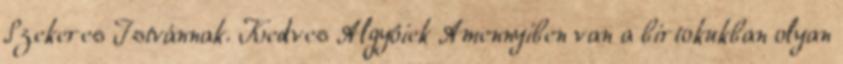
Szekeres Istvánnak. Kedves Algyôiek Amennyiben van a birtokukban olyan